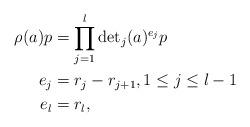
LaTeX: \begin{align*}\rho(a) p &= \prod_{j=1}^{l}{\det}_j(a)^{e_j} p\\e_j&= r_j-r_{j+1}, 1\leq j\leq l-1\\e_l & = r_l,\end{align*}